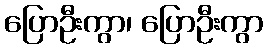
ပြောဦးကွာ၊ ပြောဦးကွာ